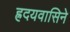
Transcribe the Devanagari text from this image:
ह्रदयवासिने